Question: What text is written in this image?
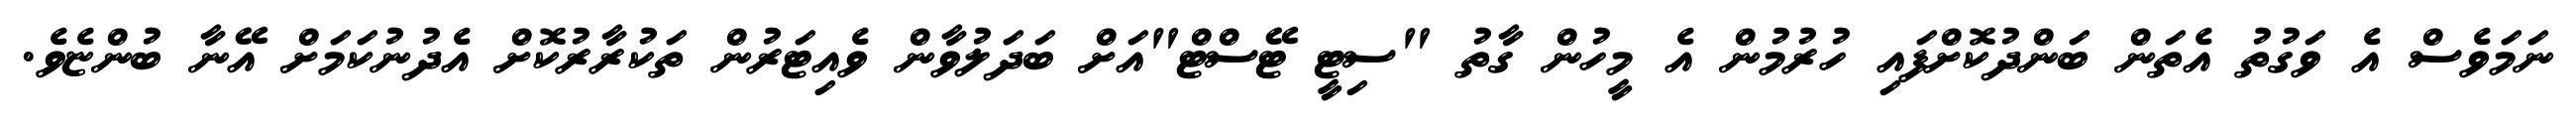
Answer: ނަމަވެސް އެ ވަގުތު އެތަން ބަންދުކޮށްފައި ހުރުމުން އެ މީހުން ގާތު "ސިޓީ ޓޭސްޓް"އަށް ބަދަލުވާން ވެއިޓަރުން ތަކުރާރުކޮށް އެދުނުކަމަށް އޭނާ ބުންޏެވެ.